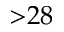
{ > } 2 8